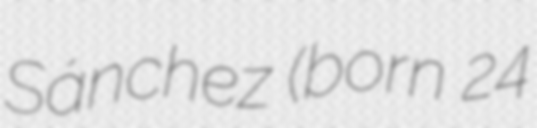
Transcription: Sánchez (born 24